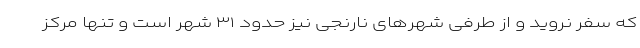
که سفر نروید و از طرفی شهرهای نارنجی نیز حدود ۳۱ شهر است و تنها مرکز